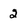
Character: 2